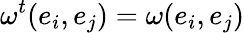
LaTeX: \omega^{t}(e_{i},e_{j})=\omega(e_{i},e_{j})